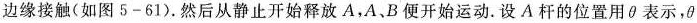
边缘接触(如图5-61).然后从静止开始释放A，A、B便开始运动.设A杆的位置用θ表示，θ